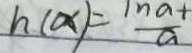
h ( x ) = \frac { \vert n a + } { a }